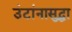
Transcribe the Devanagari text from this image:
उंटांनासुद्धा